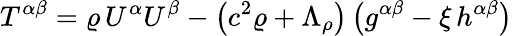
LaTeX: T^{\alpha\beta}=\varrho\, U^{\alpha}U^{\beta}-\left(c^{2}\varrho+\Lambda_{\rho}\right)\left(g^{\alpha\beta}-\xi\, h^{\alpha\beta}\right)